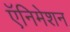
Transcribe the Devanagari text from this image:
ऍनिमेशन